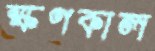
ক্ষণকাল